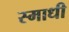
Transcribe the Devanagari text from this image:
स्माधी